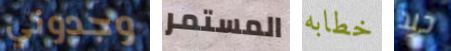
وجدوني المستمر خطابه جيد